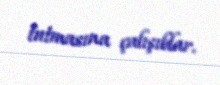
tutmasına çalışıblar.